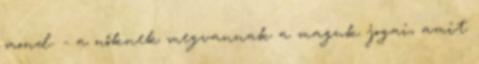
mond. - a nőknek megvannak a maguk jogai, amit